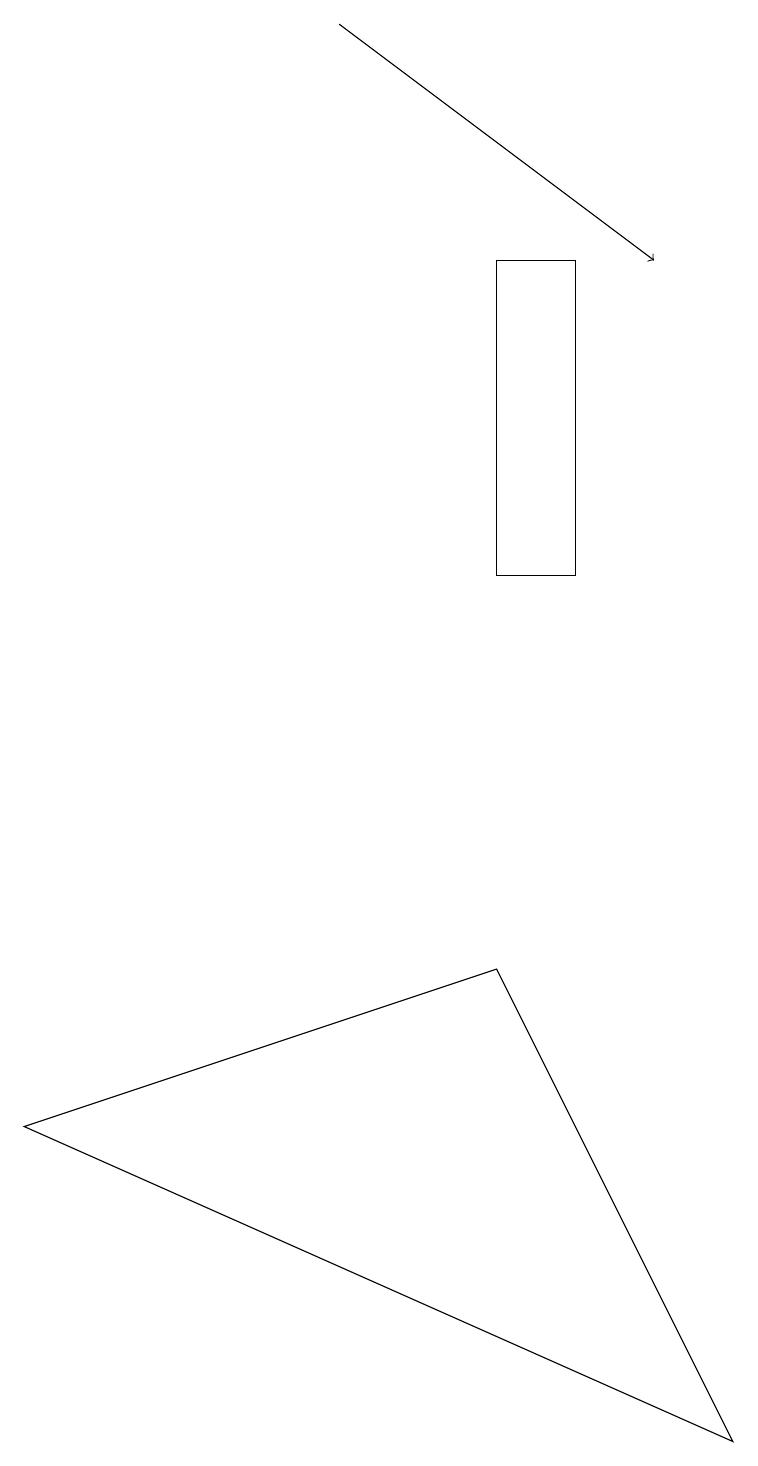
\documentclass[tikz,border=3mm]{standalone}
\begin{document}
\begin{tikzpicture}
\draw (9,0) -- (6,6) -- (0,4) -- cycle;
\draw[->] (4,18) -- (8,15);
\draw (7,15) rectangle (6,11);
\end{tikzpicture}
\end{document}